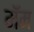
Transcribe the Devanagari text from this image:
मॅम